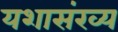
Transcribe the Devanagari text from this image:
यशासंख्य